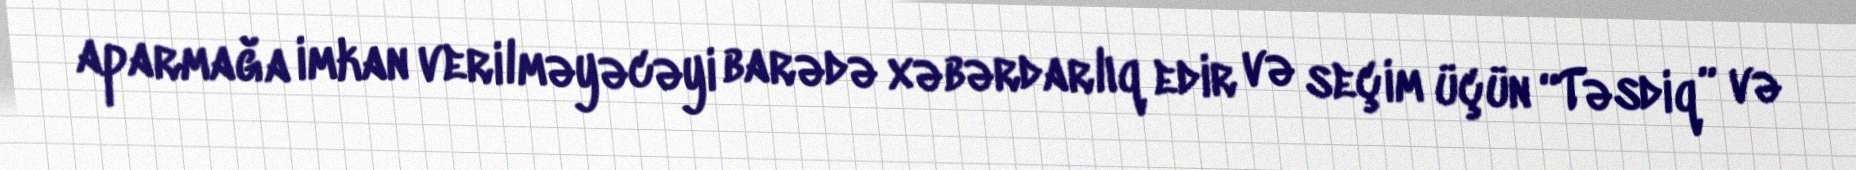
aparmağa imkan verilməyəcəyi barədə xəbərdarlıq edir və seçim üçün “Təsdiq” və